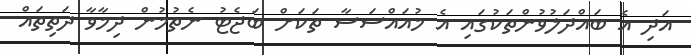
އަދި އެ ބައްދަލުވުންތަކުގައި އެ މުއައްސަސާ ތަކަށް ބަޖެޓު ނެތުމުން ދިމާވާ ދަތިތައް